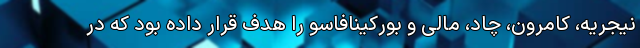
نیجریه، کامرون، چاد، مالی و بورکینافاسو را هدف قرار داده بود که در